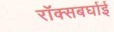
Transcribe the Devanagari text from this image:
रॉक्सबर्घाई